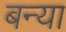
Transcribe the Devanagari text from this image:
बन्या